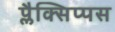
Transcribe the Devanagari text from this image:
प्लैक्सिप्पस